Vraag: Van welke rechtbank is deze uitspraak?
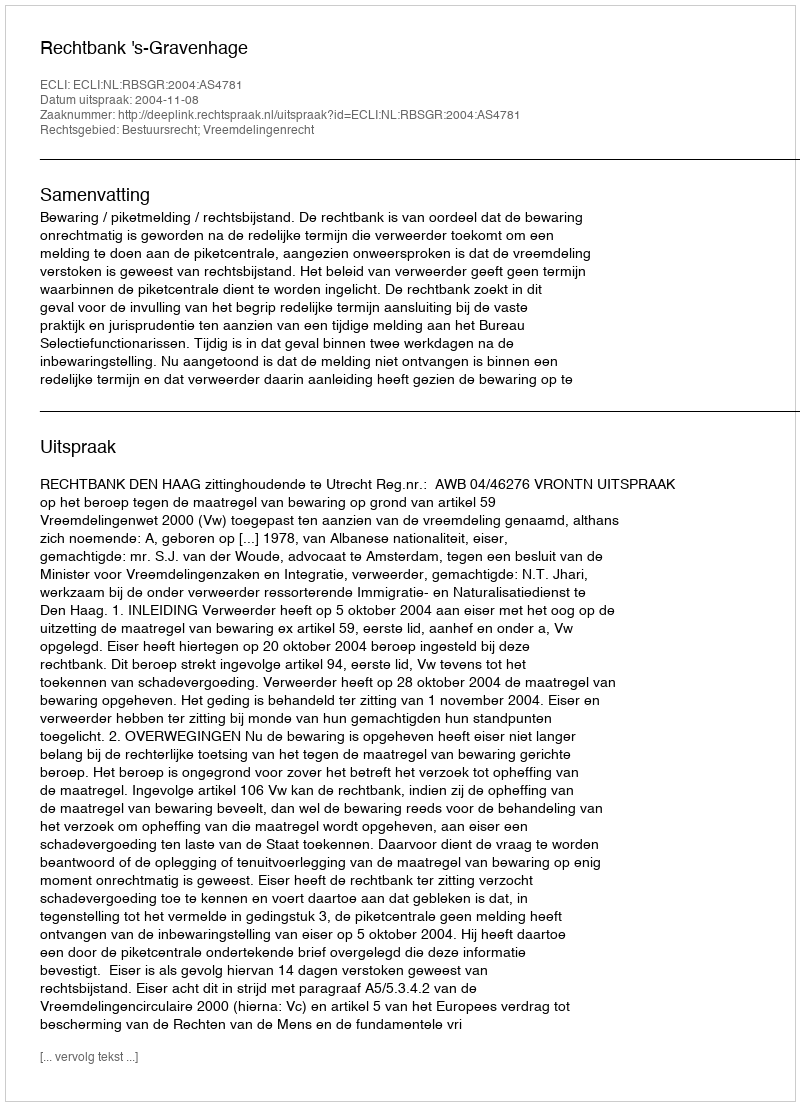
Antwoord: Rechtbank 's-Gravenhage